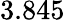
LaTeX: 3.845